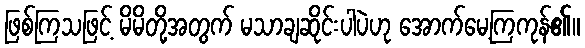
ဖြစ်ကြသဖြင့် မိမိတို့အတွက် မသာချဆိုင်းပါပဲဟု အောက်မေ့ကြကုန်၏။